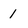
Character: 1